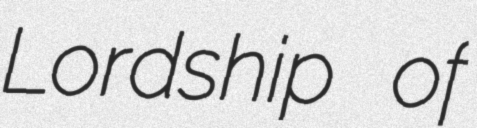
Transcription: Lordship of